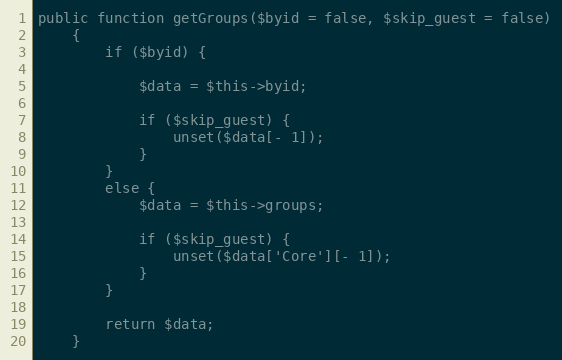
Language: PHP
public function getGroups($byid = false, $skip_guest = false)
    {
        if ($byid) {

            $data = $this->byid;

            if ($skip_guest) {
                unset($data[- 1]);
            }
        }
        else {
            $data = $this->groups;

            if ($skip_guest) {
                unset($data['Core'][- 1]);
            }
        }

        return $data;
    }